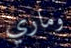
وماري